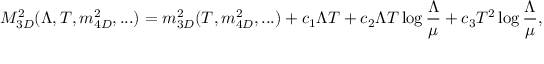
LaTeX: M _ { 3 D } ^ { 2 } ( \Lambda , T , m _ { 4 D } ^ { 2 } , . . . ) = m _ { 3 D } ^ { 2 } ( T , m _ { 4 D } ^ { 2 } , . . . ) + c _ { 1 } \Lambda T + c _ { 2 } \Lambda T \log { \frac { \Lambda } { \mu } } + c _ { 3 } T ^ { 2 } \log { \frac { \Lambda } { \mu } } ,